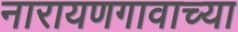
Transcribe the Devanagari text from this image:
नारायणगावाच्या